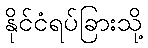
နိုင်ငံရပ်ခြားသို့